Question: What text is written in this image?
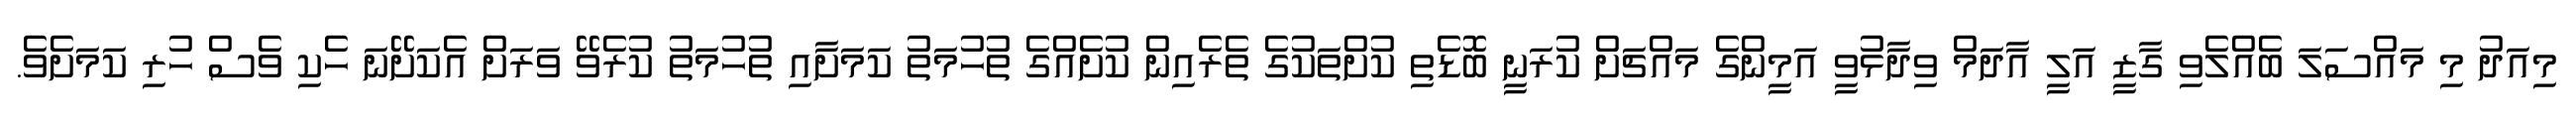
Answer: މިއަދު މި މައްސަލަ ބެއްލެވި ގާޒީ އަލީ އާދަމް ވިދާޅުވީ އަމީންގެ މައްޗަށް ކުރަނީ ބޮޑެތި ކުށްތަކުގެ ތެރެއިން ކުށެއްގެ ތުހުމަތު ކަމަށާއި ތުހުމަތު ކުރެވޭ ވަރަށް އެކަށޭނަ ހެކި ވެސް ހުރި ކަމަށެވެ.